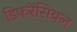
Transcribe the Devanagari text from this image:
डिफरेंसियल